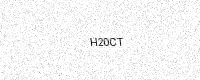
Text: H20CT